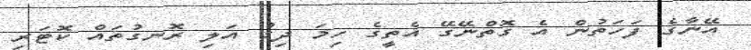
އޭނާގެ ފަހަތުން އެ ގޮތްނޭގޭ އެތީގެ ހިމަ ދިގު އަލި ރޮނގުތައް ކޮޓަރި